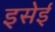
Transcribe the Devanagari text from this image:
इसेई